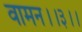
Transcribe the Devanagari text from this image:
वामन।।३।।